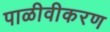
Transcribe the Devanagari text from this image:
पाळीवीकरण